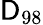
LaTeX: \mathsf{D}_{98}